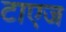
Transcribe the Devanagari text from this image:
टाएज